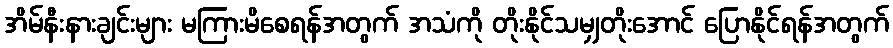
အိမ်နီးနားချင်းများ မကြားမိစေရန်အတွက် အသံကို တိုးနိုင်သမျှတိုးအောင် ပြောနိုင်ရန်အတွက်